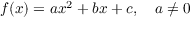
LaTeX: f ( x ) = a x ^ { 2 } + b x + c , \quad a \neq 0